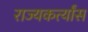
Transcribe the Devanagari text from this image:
राज्यकर्त्यांस